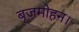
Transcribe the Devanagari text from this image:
बृजमोहन।